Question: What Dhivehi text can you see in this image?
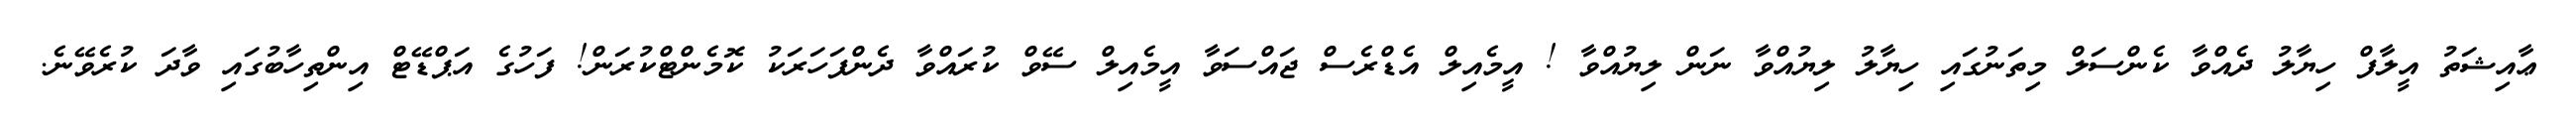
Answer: ޢާއިޝަތު އީލާފް ހިޔާލު ދެއްވާ ކެންސަލް މިތަނުގައި ހިޔާލު ލިޔުއްވާ ނަން ލިޔުއްވާ ! އީމެއިލް އެޑްރެސް ޖައްސަވާ އީމެއިލް ސޭވް ކުރައްވާ ދެންފަހަރަކު ކޮމެންޓްކުރަން! ފަހުގެ އަޕްޑޭޓް އިންތިހާބުގައި ވާދަ ކުރެވޭނެ.